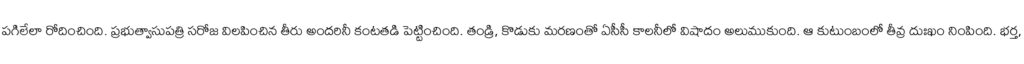
పగిలేలా రోదించింది. ప్రభుత్వాసుపత్రి సరోజ విలపించిన తీరు అందరినీ కంటతడి పెట్టించింది. తండ్రి, కొడుకు మరణంతో ఏసీసీ కాలనీలో విషాదం అలుముకుంది. ఆ కుటుంబంలో తీవ్ర దుఃఖం నింపింది. భర్త,